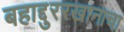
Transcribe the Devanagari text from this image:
बहाद्दुररखानाचा